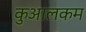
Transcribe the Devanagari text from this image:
कुआलकम